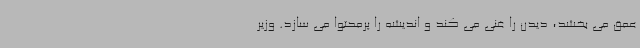
عمق می بخشد، دیدن را غنی می کند و اندیشه را پرمحتوا می سازد. وزیر